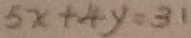
5 x + 4 y = 3 1